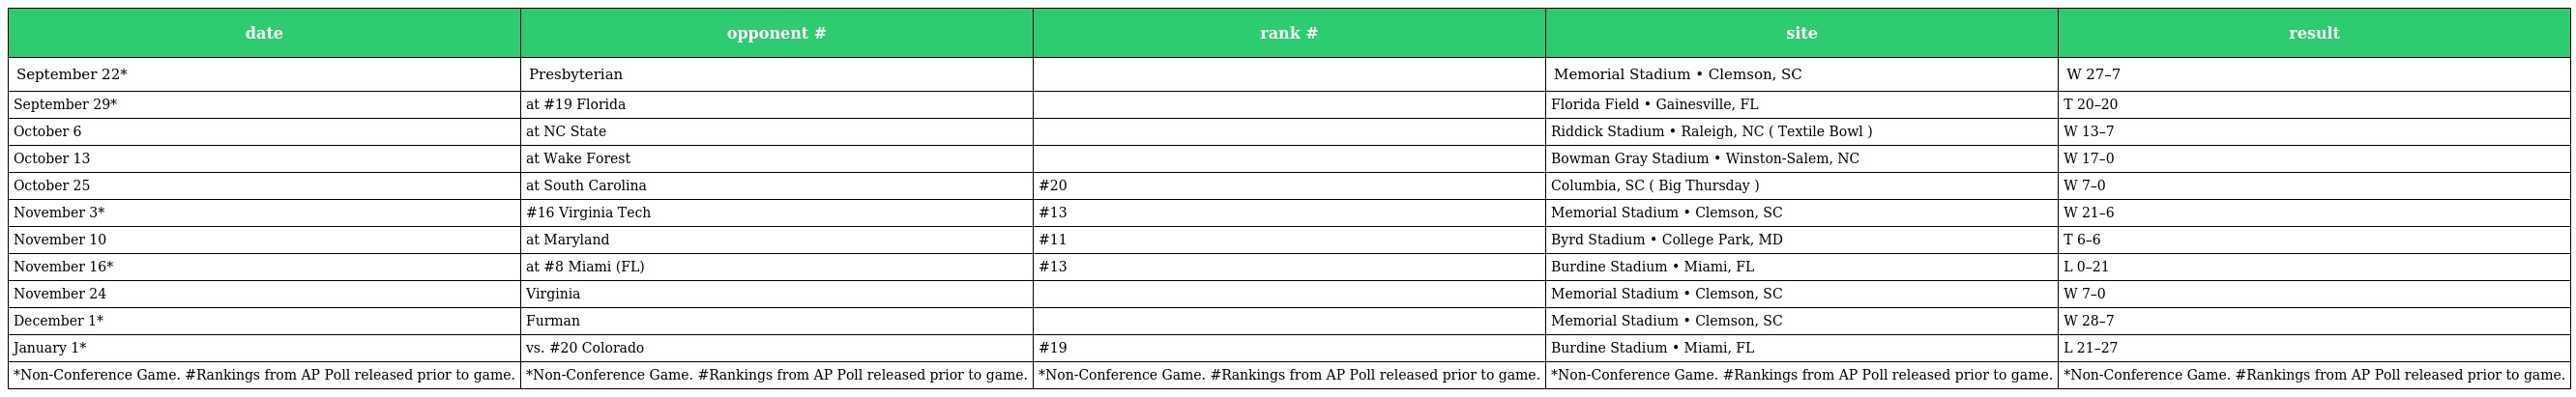
| date | opponent # | rank # | site | result |
 | --- | --- | --- | --- | --- |
 | September 22* | Presbyterian |  | Memorial Stadium • Clemson, SC | W 27–7 |
 | September 29* | at #19 Florida |  | Florida Field • Gainesville, FL | T 20–20 |
 | October 6 | at NC State |  | Riddick Stadium • Raleigh, NC ( Textile Bowl ) | W 13–7 |
 | October 13 | at Wake Forest |  | Bowman Gray Stadium • Winston-Salem, NC | W 17–0 |
 | October 25 | at South Carolina | #20 | Columbia, SC ( Big Thursday ) | W 7–0 |
 | November 3* | #16 Virginia Tech | #13 | Memorial Stadium • Clemson, SC | W 21–6 |
 | November 10 | at Maryland | #11 | Byrd Stadium • College Park, MD | T 6–6 |
 | November 16* | at #8 Miami (FL) | #13 | Burdine Stadium • Miami, FL | L 0–21 |
 | November 24 | Virginia |  | Memorial Stadium • Clemson, SC | W 7–0 |
 | December 1* | Furman |  | Memorial Stadium • Clemson, SC | W 28–7 |
 | January 1* | vs. #20 Colorado | #19 | Burdine Stadium • Miami, FL | L 21–27 |
 | *Non-Conference Game. #Rankings from AP Poll released prior to game. | *Non-Conference Game. #Rankings from AP Poll released prior to game. | *Non-Conference Game. #Rankings from AP Poll released prior to game. | *Non-Conference Game. #Rankings from AP Poll released prior to game. | *Non-Conference Game. #Rankings from AP Poll released prior to game. |